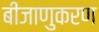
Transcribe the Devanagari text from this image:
बीजाणुकरण